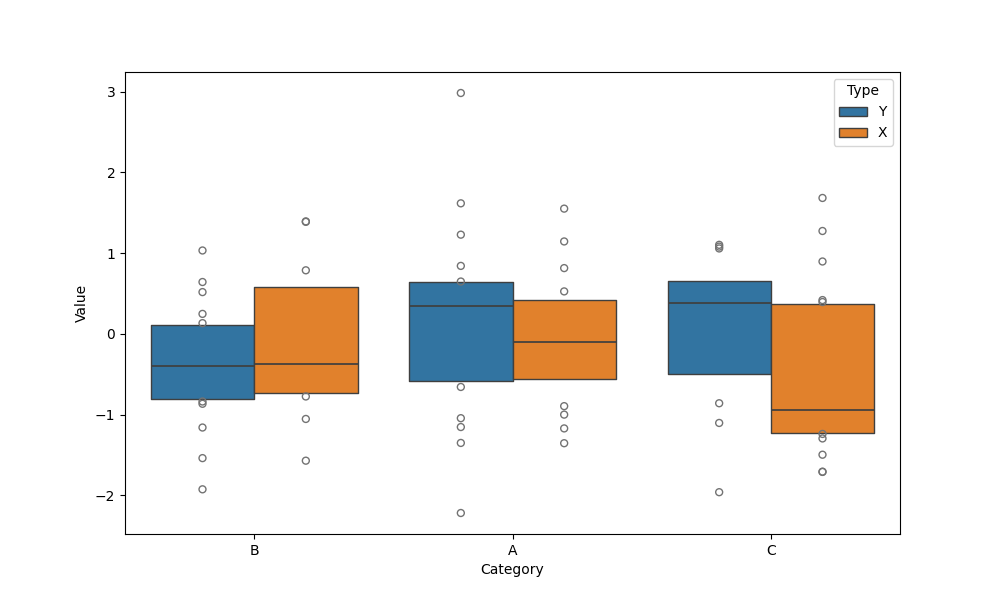
python, seaborn, boxenplot, k_depth='tukey', linewidth=1, scale='exponential', outlier_prop=0.1, showfliers=True